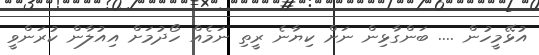
އުޅޭމީހުން .... ބަންގާޅިން ނަށް ކިޔާނެ ރީތި ނަމެއް ހޯދުމަށް އިއުލާން ކުރަންވީ